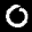
Label: 0